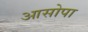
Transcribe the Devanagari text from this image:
आसोपा